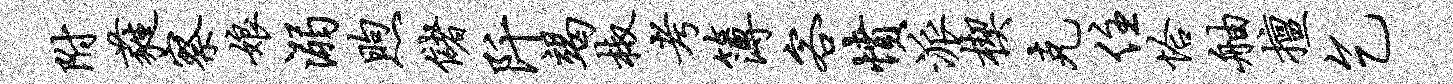
附蕤察娘溺煦储阡竭椒考簿客愤派楔克住恰舳擅乞